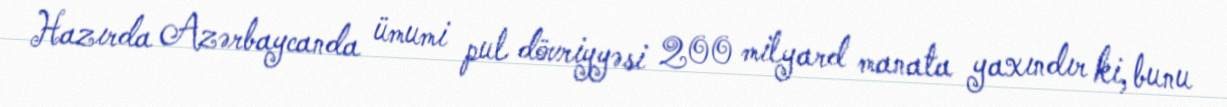
Hazırda Azərbaycanda ümumi pul dövriyyəsi 200 milyard manata yaxındır ki, bunu